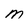
Character: M